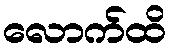
လောက်ထိ